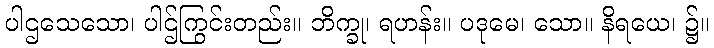
ပါဌသေသော၊ ပါဌ်ကြွင်းတည်း။ ဘိက္ခု၊ ရဟန်း။ ပဒုမေ၊ သော။ နိရယေ၊ ၌။